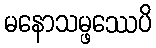
မနောသမ္ဖဿေပိ